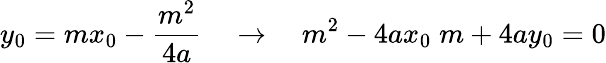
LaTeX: y_{0}=mx_{0}-{\frac{m^{2}}{4a}}\quad\rightarrow\quad m^{2}-4ax_{0}\; m+4ay_{0}=0